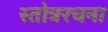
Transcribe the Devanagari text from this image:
स्तोत्ररचना